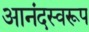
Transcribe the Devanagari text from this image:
आनंदस्वरूप